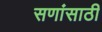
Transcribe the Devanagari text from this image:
सणांसाठी